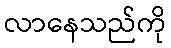
လာနေသည်ကို